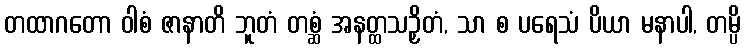
တထာဂတော ဝါစံ ဇာနာတိ ဘူတံ တစ္ဆံ အနတ္ထသဉှိတံ, သာ စ ပရေသံ ပိယာ မနာပါ, တမ္ပိ